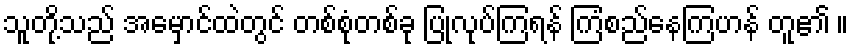
သူတို့သည် အမှောင်ထဲတွင် တစ်စုံတစ်ခု ပြုလုပ်ကြရန် ကြံစည်နေကြဟန် တူ၏ ။